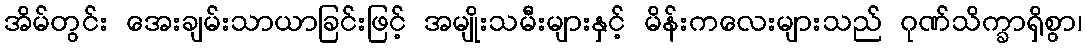
အိမ်တွင်း အေးချမ်းသာယာခြင်းဖြင့် အမျိုးသမီးများနှင့် မိန်းကလေးများသည် ဂုဏ်သိက္ခာရှိစွာ၊